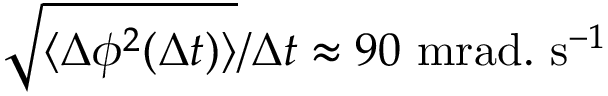
\sqrt { \langle \Delta \phi ^ { 2 } ( \Delta t ) \rangle } / \Delta t \approx 9 0 ~ \mathrm { m r a d . } ~ \mathrm { s } ^ { - 1 }